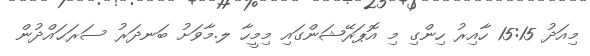
މިއަދު 15:15 ހާއިރު ހިންގި މި އޮޕަރޭޝަންގައި މިމީހާ ލ.މާވަށު ބަނދަރު ސަރަޙައްދުން